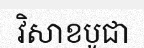
វិសាខបូជា